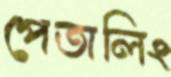
পেতালিং